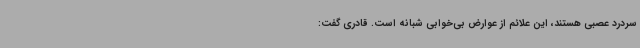
سردرد عصبی هستند، این علائم از عوارض بی‌خوابی شبانه است. قادری گفت: